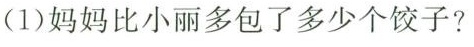
(1)妈妈比小丽多包了多少个饺子?